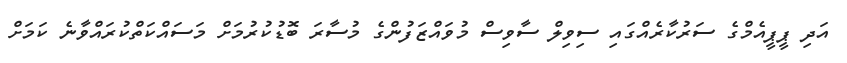
އަދި ޕީޕީއެމްގެ ސަރުކާރެއްގައި ސިވިލް ސާވިސް މުވައްޒަފުންގެ މުސާރަ ބޮޑުކުރުމަށް މަސައްކަތްކުރައްވާނެ ކަމަށް